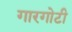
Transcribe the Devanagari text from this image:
गारगाेटी